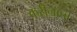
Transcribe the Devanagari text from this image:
करीनाचा